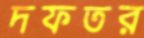
দফতর